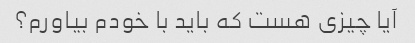
آیا چیزی هست که باید با خودم بیاورم؟